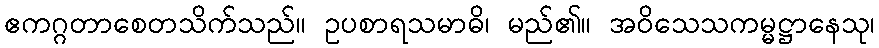
ဧကဂ္ဂတာစေတသိက်သည်။ ဥပစာရသမာဓိ၊ မည်၏။ အဝိသေသကမ္မဋ္ဌာနေသု၊